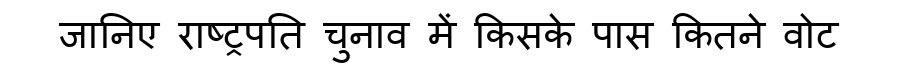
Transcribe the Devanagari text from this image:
जानिए राष्ट्रपति चुनाव में किसके पास कितने वोट